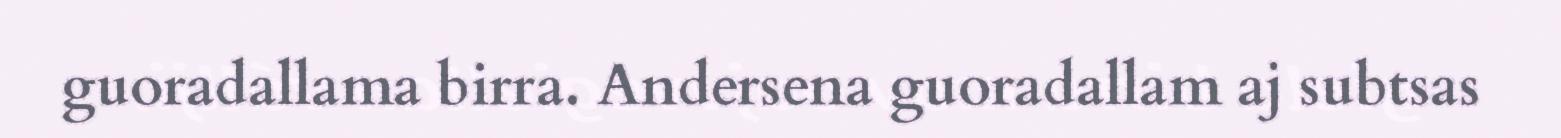
guoradallama birra. Andersena guoradallam aj subtsas